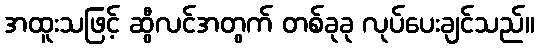
အထူးသဖြင့် ဆွီလင်အတွက် တစ်ခုခု လုပ်ပေးချင်သည်။